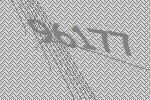
96177